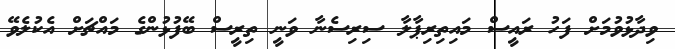
ވިދާޅުވުމަށް ފަހު ރައީސް މައިތިރިޕާލާ ސިރިސެނާ ވަނީ ތިރީސް ބޭފުޅުންގެ މައްޗަށް އެކުލެވޭ